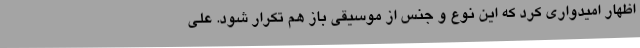
اظهار امیدواری کرد که این نوع و جنس از موسیقی باز هم تکرار شود. علی